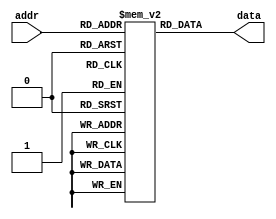
`timescale 1ns / 1ps
//////////////////////////////////////////////////////////////////////////////////
// Company: 
// Engineer: 
// 
// Design Name: 
// Module Name: charROM
// Project Name: 
// Target Devices: 
// Tool Versions: 
// Description: 
// 
// Dependencies: 
// 
// Revision:
// Revision 0.01 - File Created
// Additional Comments:
// 
//////////////////////////////////////////////////////////////////////////////////


module charROM(
input [6:0] addr,
output [63:0] data 
    );
    
reg [63:0] mem [127:0]; //model of memory    


initial
begin
    mem[0] = 'h0000000000000000;
    mem[1] = 'h0000000000000000;
    mem[2] = 'h0000000000000000;
    mem[3] = 'h0000000000000000;
    mem[4] = 'h0000000000000000;
    mem[5] = 'h0000000000000000;
    mem[6] = 'h0000000000000000;
    mem[7] = 'h0000000000000000;
    mem[8] = 'h0000000000000000;
    mem[9] = 'h0000000000000000;
    mem[10] = 'h0000000000000000;
    mem[11] = 'h0000000000000000;
    mem[12] = 'h0000000000000000;
    mem[13] = 'h0000000000000000;
    mem[14] = 'h0000000000000000;
    mem[15] = 'h0000000000000000;
    mem[16] = 'h0000000000000000;
    mem[17] = 'h0000000000000000;
    mem[18] = 'h0000000000000000;
    mem[19] = 'h0000000000000000;
    mem[20] = 'h0000000000000000;
    mem[21] = 'h0000000000000000;
    mem[22] = 'h0000000000000000;
    mem[23] = 'h0000000000000000;
    mem[24] = 'h0000000000000000;
    mem[25] = 'h0000000000000000;
    mem[26] = 'h0000000000000000;
    mem[27] = 'h0000000000000000;
    mem[28] = 'h0000000000000000;
    mem[29] = 'h0000000000000000;
    mem[30] = 'h0000000000000000;
    mem[31] = 'h0000000000000000;
    mem[32] = 'h0000000000000000;
    mem[33] = 'h0000005f00000000;
    mem[34] = 'h0000030003000000;
    mem[35] = 'h643c26643c262400;
    mem[36] = 'h2649497f49493200;
    mem[37] = 'h4225120824522100;
    mem[38] = 'h20504e5522582800;
    mem[39] = 'h0000000300000000;
    mem[40] = 'h00001c2241000000;
    mem[41] = 'h00000041221c0000;
    mem[42] = 'h0015150e0e151500;
    mem[43] = 'h0008083e08080000;
    mem[44] = 'h0000005030000000;
    mem[45] = 'h0008080808080000;
    mem[46] = 'h0000004000000000;
    mem[47] = 'h4020100804020100;
    mem[48] = 'h003e4141413e0000;
    mem[49] = 'h0000417f40000000;
    mem[50] = 'h00426151496e0000;
    mem[51] = 'h0022414949360000;
    mem[52] = 'h001814127f100000;
    mem[53] = 'h0027494949710000;
    mem[54] = 'h003c4a4948700000;
    mem[55] = 'h004321110d030000;
    mem[56] = 'h0036494949360000;
    mem[57] = 'h00060949291e0000;
    mem[58] = 'h0000001200000000;
    mem[59] = 'h0000005230000000;
    mem[60] = 'h0000081414220000;
    mem[61] = 'h0014141414141400;
    mem[62] = 'h0000221414080000;
    mem[63] = 'h0002015905020000;
    mem[64] = 'h3e415d554d512e00;
    mem[65] = 'h407c4a094a7c4000;//A
    mem[66] = 'h417f494949493600;//B
    mem[67] = 'h1c22414141412200;//C
    mem[68] = 'h417f414141221c00;
    mem[69] = 'h417f49495d416300;
    mem[70] = 'h417f49091d010300;
    mem[71] = 'h1c224149493a0800;
    mem[72] = 'h417f0808087f4100;
    mem[73] = 'h0041417F41410000;
    mem[74] = 'h304041413F010100;
    mem[75] = 'h417f080c12614100;
    mem[76] = 'h417f414040406000;
    mem[77] = 'h417f420c427f4100;
    mem[78] = 'h417f420c117f0100;
    mem[79] = 'h1c22414141221c00;
    mem[80] = 'h417f490909090600;
    mem[81] = 'h0c12212161524c00;
    mem[82] = 'h417f090919694600;
    mem[83] = 'h6649494949493300;
    mem[84] = 'h0301417f41010300;
    mem[85] = 'h013f4140413f0100;
    mem[86] = 'h010f3140310f0100;
    mem[87] = 'h011f6114611f0100;
    mem[88] = 'h4141360836414100;
    mem[89] = 'h0103447844030100;
    mem[90] = 'h4361514945436100;
    mem[91] = 'h00007f4141000000;
    mem[92] = 'h0102040810204000;
    mem[93] = 'h000041417f000000;
    mem[94] = 'h0004020101020400;
    mem[95] = 'h0040404040404000;
    mem[96] = 'h0001020000000000;
    mem[97] = 'h00344a4a4a3c4000;
    mem[98] = 'h00413f4848483000;
    mem[99] = 'h003c424242240000;
    mem[100] = 'h00304848493f4000;
    mem[101] = 'h003c4a4a4a2c0000;
    mem[102] = 'h0000487e49090000;
    mem[103] = 'h00264949493f0100;
    mem[104] = 'h417f480444784000;
    mem[105] = 'h0000447d40000000;
    mem[106] = 'h000040443d000000;
    mem[107] = 'h417f101824424200;
    mem[108] = 'h0040417f40400000;
    mem[109] = 'h427e027c027e4000;
    mem[110] = 'h427e4402427c4000;
    mem[111] = 'h003c4242423c0000;
    mem[112] = 'h00417f4909090600;
    mem[113] = 'h00060909497f4100;
    mem[114] = 'h00427e4402020400;
    mem[115] = 'h00644a4a4a360000;
    mem[116] = 'h00043f4444200000;
    mem[117] = 'h00023e4040227e40;
    mem[118] = 'h020e3240320e0200;
    mem[119] = 'h021e6218621e0200;
    mem[120] = 'h4262140814624200;
    mem[121] = 'h0143453805030100;
    mem[122] = 'h004662524a466200;
    mem[123] = 'h0000083641000000;
    mem[124] = 'h0000007f00000000;
    mem[125] = 'h0000004136080000;
    mem[126] = 'h0018080810101800;
    mem[127] = 'hAA55AA55AA55AA55;
end    
    
    
assign data = mem[addr];
    
endmodule